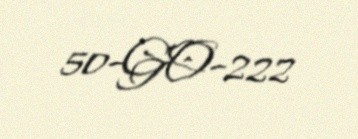
50-GO-222